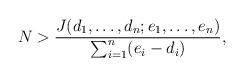
LaTeX: \begin{align*}N>\frac{J(d_1 ,\ldots ,d_n ;e_1 ,\ldots ,e_n )}{\sum _{i=1}^n (e_i -d_i ) },\end{align*}